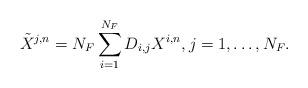
LaTeX: \begin{align*} \tilde{X}^{j,n} = N_{F} \sum_{i=1}^{N_{F}} D_{i,j}X^{i,n}, j=1,\ldots,N_{F}. \end{align*}